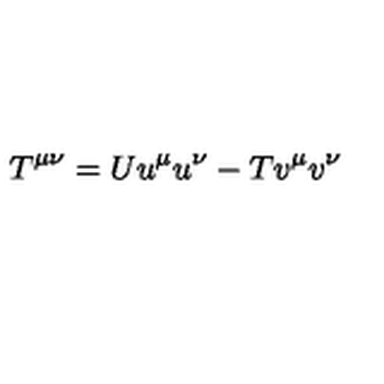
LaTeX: T ^ { \mu \nu } = U u ^ { \mu } u ^ { \nu } - T v ^ { \mu } v ^ { \nu }